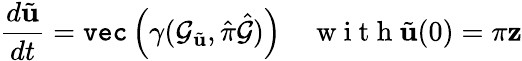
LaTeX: \frac{d\tilde{\mathbf{u}}}{dt}=\texttt{vec}\left(\gamma(\mathcal{G}_{\tilde{\mathbf{u}}},\hat{\pi}\hat{\mathcal{G}})\right)\quad\mathrm{~w~i~t~h~}\tilde{\mathbf{u}}(0)=\pi\mathbf{z}